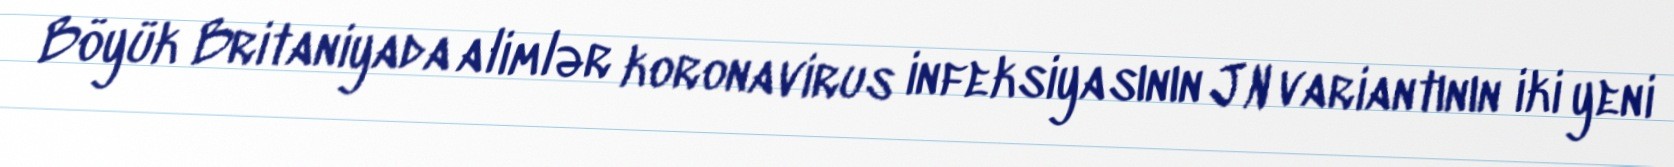
Böyük Britaniyada alimlər koronavirus infeksiyasının JN variantının iki yeni